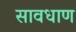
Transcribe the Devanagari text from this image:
सावधाण